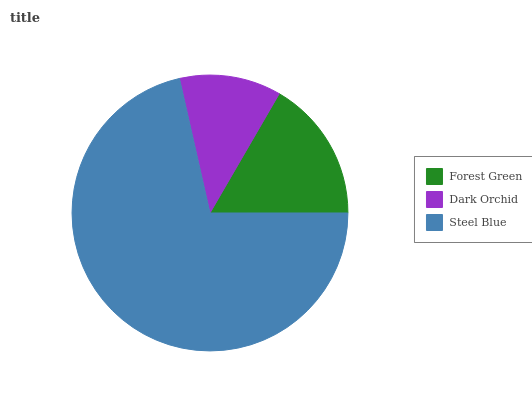
| Forest Green | Dark Orchid | Steel Blue |
 | --- | --- | --- |
 | 16.6% | 11.9% | 71.5% |